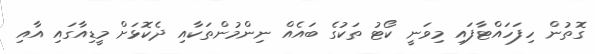
ގޮތުން ހިފަހައްޓާފައި މިވަނީ ކޯޓު ތަކުގެ ބައެއް ނިންމުންތަކާއި ދެކޮޅަށް މީޑިއާގައި އާއި